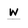
Character: w